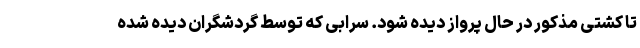
تا کشتی مذکور در حال پرواز دیده شود. سرابی که توسط گردشگران دیده شده